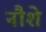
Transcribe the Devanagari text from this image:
नौशे